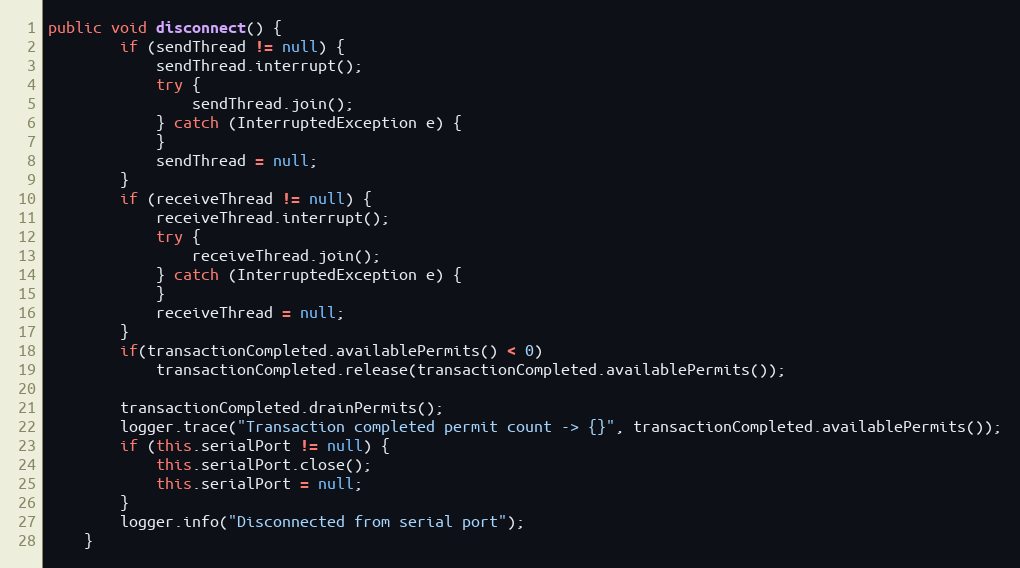
Language: Java
public void disconnect() {
		if (sendThread != null) {
			sendThread.interrupt();
			try {
				sendThread.join();
			} catch (InterruptedException e) {
			}
			sendThread = null;
		}
		if (receiveThread != null) {
			receiveThread.interrupt();
			try {
				receiveThread.join();
			} catch (InterruptedException e) {
			}
			receiveThread = null;
		}
		if(transactionCompleted.availablePermits() < 0)
			transactionCompleted.release(transactionCompleted.availablePermits());

		transactionCompleted.drainPermits();
		logger.trace("Transaction completed permit count -> {}", transactionCompleted.availablePermits());
		if (this.serialPort != null) {
			this.serialPort.close();
			this.serialPort = null;
		}
		logger.info("Disconnected from serial port");
	}